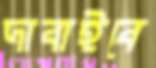
দাবাইবে